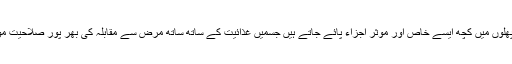
ان سبزیوں اور پھلوں میں کچھ ایسے خاص اور موثر اجزاء پائے جاتے ہیں جسمیں غذائیت کے ساتھ ساتھ مرض سے مقابلہ کی بھر پور صلاحیت مو جود ہوتی ہے۔